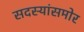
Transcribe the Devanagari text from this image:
सदस्यांसमोर